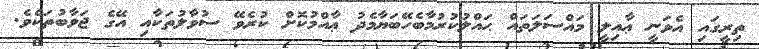
ތިރީގައި އެވަނީ ޢާއިލީ މައްސަލަތައް ޙައްލުކުރުމާބެހޭބަޔާމެދު ޢާއްމުކޮށް ކުރެވޭ ސުވާލުތަކާއި އޭގެ ޖަވާބުތަކެވެ.